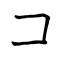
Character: コ